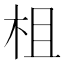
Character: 柤